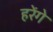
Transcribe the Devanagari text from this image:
हरेंगे